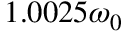
1 . 0 0 2 5 \omega _ { 0 }